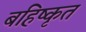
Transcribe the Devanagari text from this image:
बहिष्‍कृत